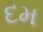
દમ